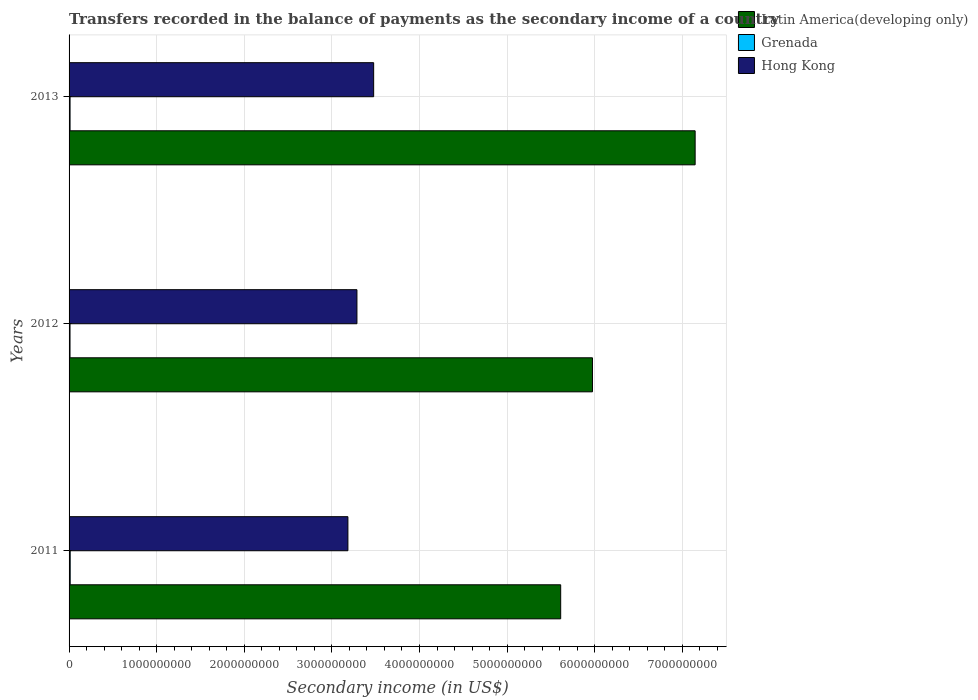
| Years | Latin America(developing only) | Grenada | Hong Kong |
 | --- | --- | --- | --- |
 | 2011 | 5.61e+09 | 1.28e+07 | 3.18e+09 |
 | 2012 | 5.97e+09 | 1.08e+07 | 3.29e+09 |
 | 2013 | 7.15e+09 | 1.12e+07 | 3.48e+09 |